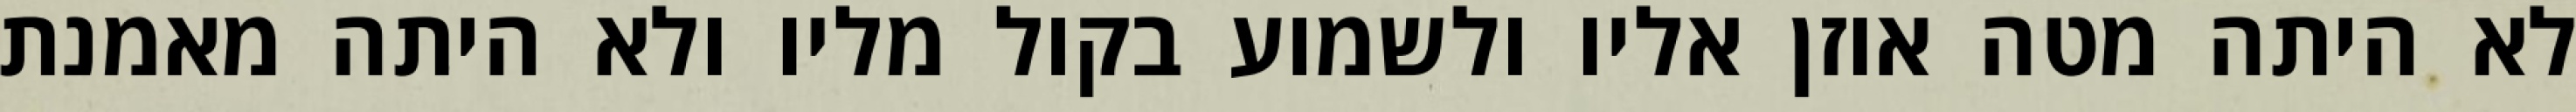
לא היתה מטה אוזן אליו ולשמוע בקול מליו ולא היתה מאמנת